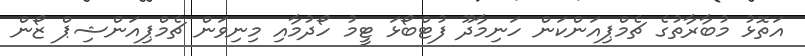
އަތޮޅު މުބާރާތުގެ ޗެމްޕިއަންކަން ހަނިމާދޫ ފުޓްބޯޅަ ޓީމު ހޯދުމާއި މިނިވަން ޗެމްޕިއަންޝިޕް ޒޯން